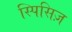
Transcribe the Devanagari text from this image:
स्पिसिज़